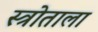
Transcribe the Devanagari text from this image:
स्त्रोताला